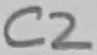
Text: C2